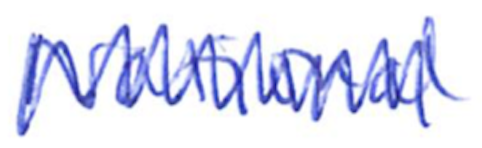
Text: National
Cross-out: zig-zag
Writing tool: ballpoint